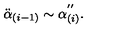
\ddot { \alpha } _ { ( i - 1 ) } \sim \alpha _ { ( i ) } ^ { ' ^ { \prime } } .